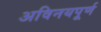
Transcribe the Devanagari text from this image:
अविनयपूर्ण